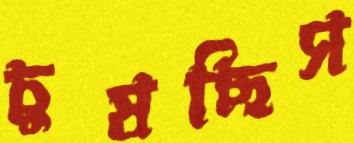
চুষছিস